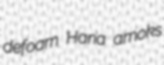
defoam Hana amoks